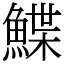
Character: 鰈